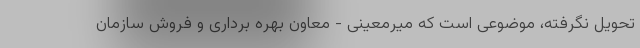
تحویل نگرفته، موضوعی است که میرمعینی - معاون بهره برداری و فروش سازمان